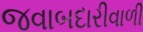
જવાબદારીવાળી